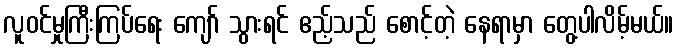
လူဝင်မှုကြီးကြပ်ရေး ကျော် သွားရင် ဧည့်သည် စောင့်တဲ့ နေရာမှာ တွေ့ပါလိမ့်မယ်။